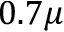
0 . 7 \mu